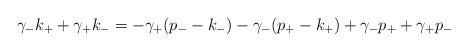
LaTeX: \begin{align*}\gamma_- k_+ + \gamma_+ k_- = - \gamma_+ (p_- - k_-) - \gamma_- (p_+ - k_+) + \gamma_- p_+ + \gamma_+ p_- \end{align*}